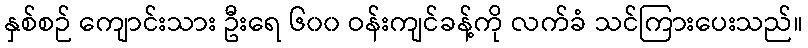
နှစ်စဉ် ကျောင်းသား ဦးရေ ၆၀၀ ဝန်းကျင်ခန့်ကို လက်ခံ သင်ကြားပေးသည်။